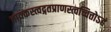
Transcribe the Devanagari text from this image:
तावकस्त्वद्गतप्राणस्त्वच्चित्तोऽहं